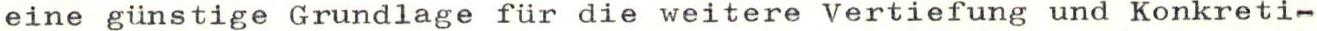
eine günstige Grundlage für die weitere Vertiefung und Konkreti-